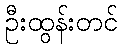
ဦးထွန်းတင်